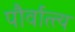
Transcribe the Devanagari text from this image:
पौर्वात्त्य